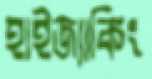
হাইজ্যাকিং